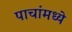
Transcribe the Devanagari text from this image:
पाचांमध्ये